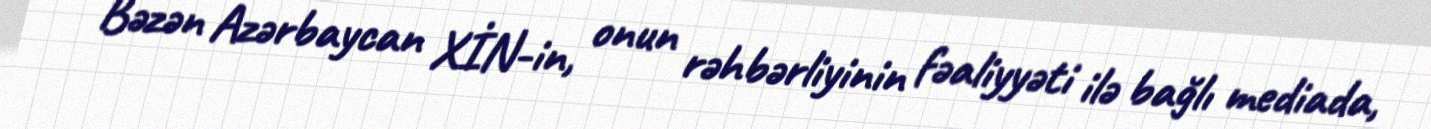
- Bəzən Azərbaycan XİN-in, onun rəhbərliyinin fəaliyyəti ilə bağlı mediada,